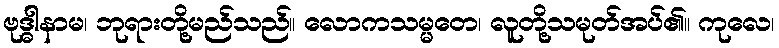
ဗုဒ္ဓါနာမ၊ ဘုရားတို့မည်သည်။ လောကသမ္မတေ၊ လူတို့သမုတ်အပ်၏။ ကုလေ၊